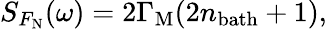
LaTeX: S_{F_{\mathrm{N}}}(\omega)=2\Gamma_{\mathrm{M}}(2n_{\mathrm{bath}}+1),